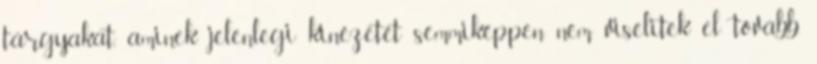
tárgyakat, aminek jelenlegi kinézetét semmiképpen nem viselitek el tovább.